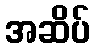
အဆိပ်